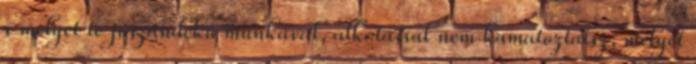
s melyet te jószándékú munkával, alkotással nem kamatoztatsz, melyet